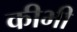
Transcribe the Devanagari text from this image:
कीभी